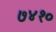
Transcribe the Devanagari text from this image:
७४१०